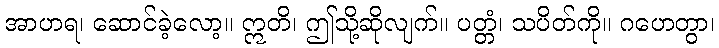
အာဟရ၊ ဆောင်ခဲ့လော့။ ဣတိ၊ ဤသို့ဆိုလျက်။ ပတ္တံ၊ သပိတ်ကို။ ဂဟေတွာ၊